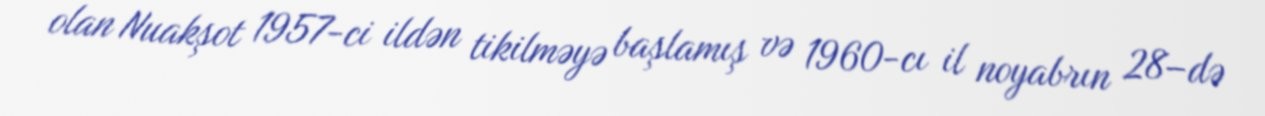
olan Nuakşot 1957-ci ildən tikilməyə başlamış və 1960-cı il noyabrın 28–də